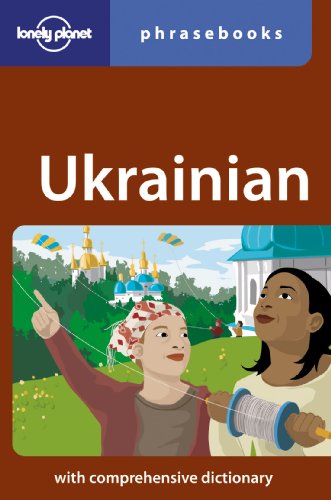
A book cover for Lonely Planet Ukrainian Phrasebook (Lonely Planet Phrasebook: Ukrainian); Lonely Planet; Travel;